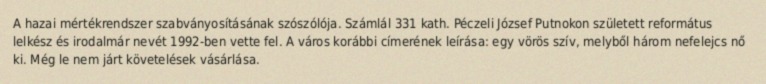
A hazai mértékrendszer szabványosításának szószólója. Számlál 331 kath. Péczeli József Putnokon született református lelkész és irodalmár nevét 1992-ben vette fel. A város korábbi címerének leírása: egy vörös szív, melyből három nefelejcs nő ki. Még le nem járt követelések vásárlása.